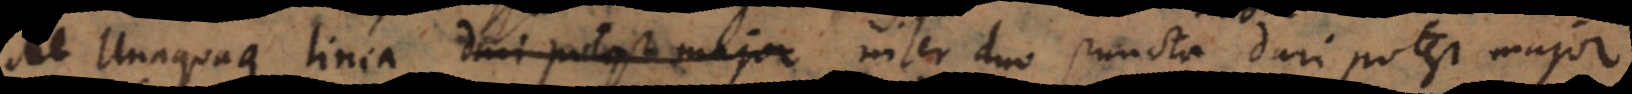
Unaquaque linea dari potest major inter duo puncta dari potest major.